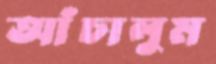
আঁচালুম